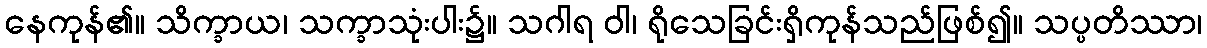
နေကုန်၏။ သိက္ခာယ၊ သက္ခာသုံးပါး၌။ သဂါရ ဝါ၊ ရိုသေခြင်းရှိကုန်သည်ဖြစ်၍။ သပ္ပတိဿာ၊